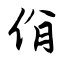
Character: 佾